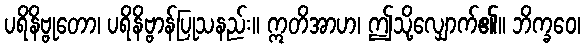
ပရိနိဗ္ဗုတော၊ ပရိနိဗ္ဗာန်ပြုသနည်း။ ဣတိအာဟ၊ ဤသို့လျှောက်၏။ ဘိက္ခဝေ၊